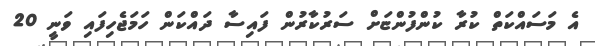
އެ މަސައްކަތް ކުރާ ކުންފުންޏަށް ސަރުކާރުން ފައިސާ ދައްކަން ހަމަޖެހިފައި ވަނީ 20